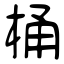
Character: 桶